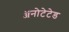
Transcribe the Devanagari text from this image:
ॲनोटेटेड